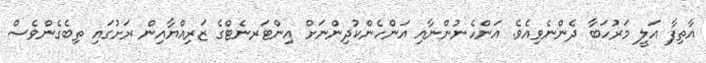
އާތިފާ އަލީ މަރުހަބާ ދެންނެވިއެވެ. އަންހެނުންނާއި އަންހެންކުދިންނަށް އިންޓަރނެޓްގެ ޒަރިއްޔާއިން ރަށުގައި ތިބެގެންވެސް